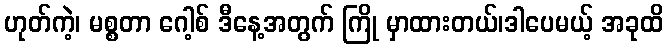
ဟုတ်ကဲ့၊ မစ္စတာ ဂေါ့စ် ဒီနေ့အတွက် ကြို မှာထားတယ်၊ဒါပေမယ့် အခုထိ